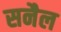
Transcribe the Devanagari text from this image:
सनैल